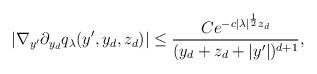
LaTeX: \begin{align*}\left|\nabla_{y'}\partial_{y_d}q_\lambda(y',y_d,z_d)\right| \leq \frac{Ce^{-c|\lambda|^{\frac 12}z_d}}{(y_d + z_d +|y'|)^{d+1}},\end{align*}